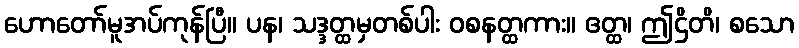
ဟောတော်မူအပ်ကုန်ပြီ။ ပန၊ သဒ္ဒတ္ထမှတစ်ပါး ဝစနတ္ထကား။ ဧတ္ထ၊ ဤဌိတိ၊ စသော